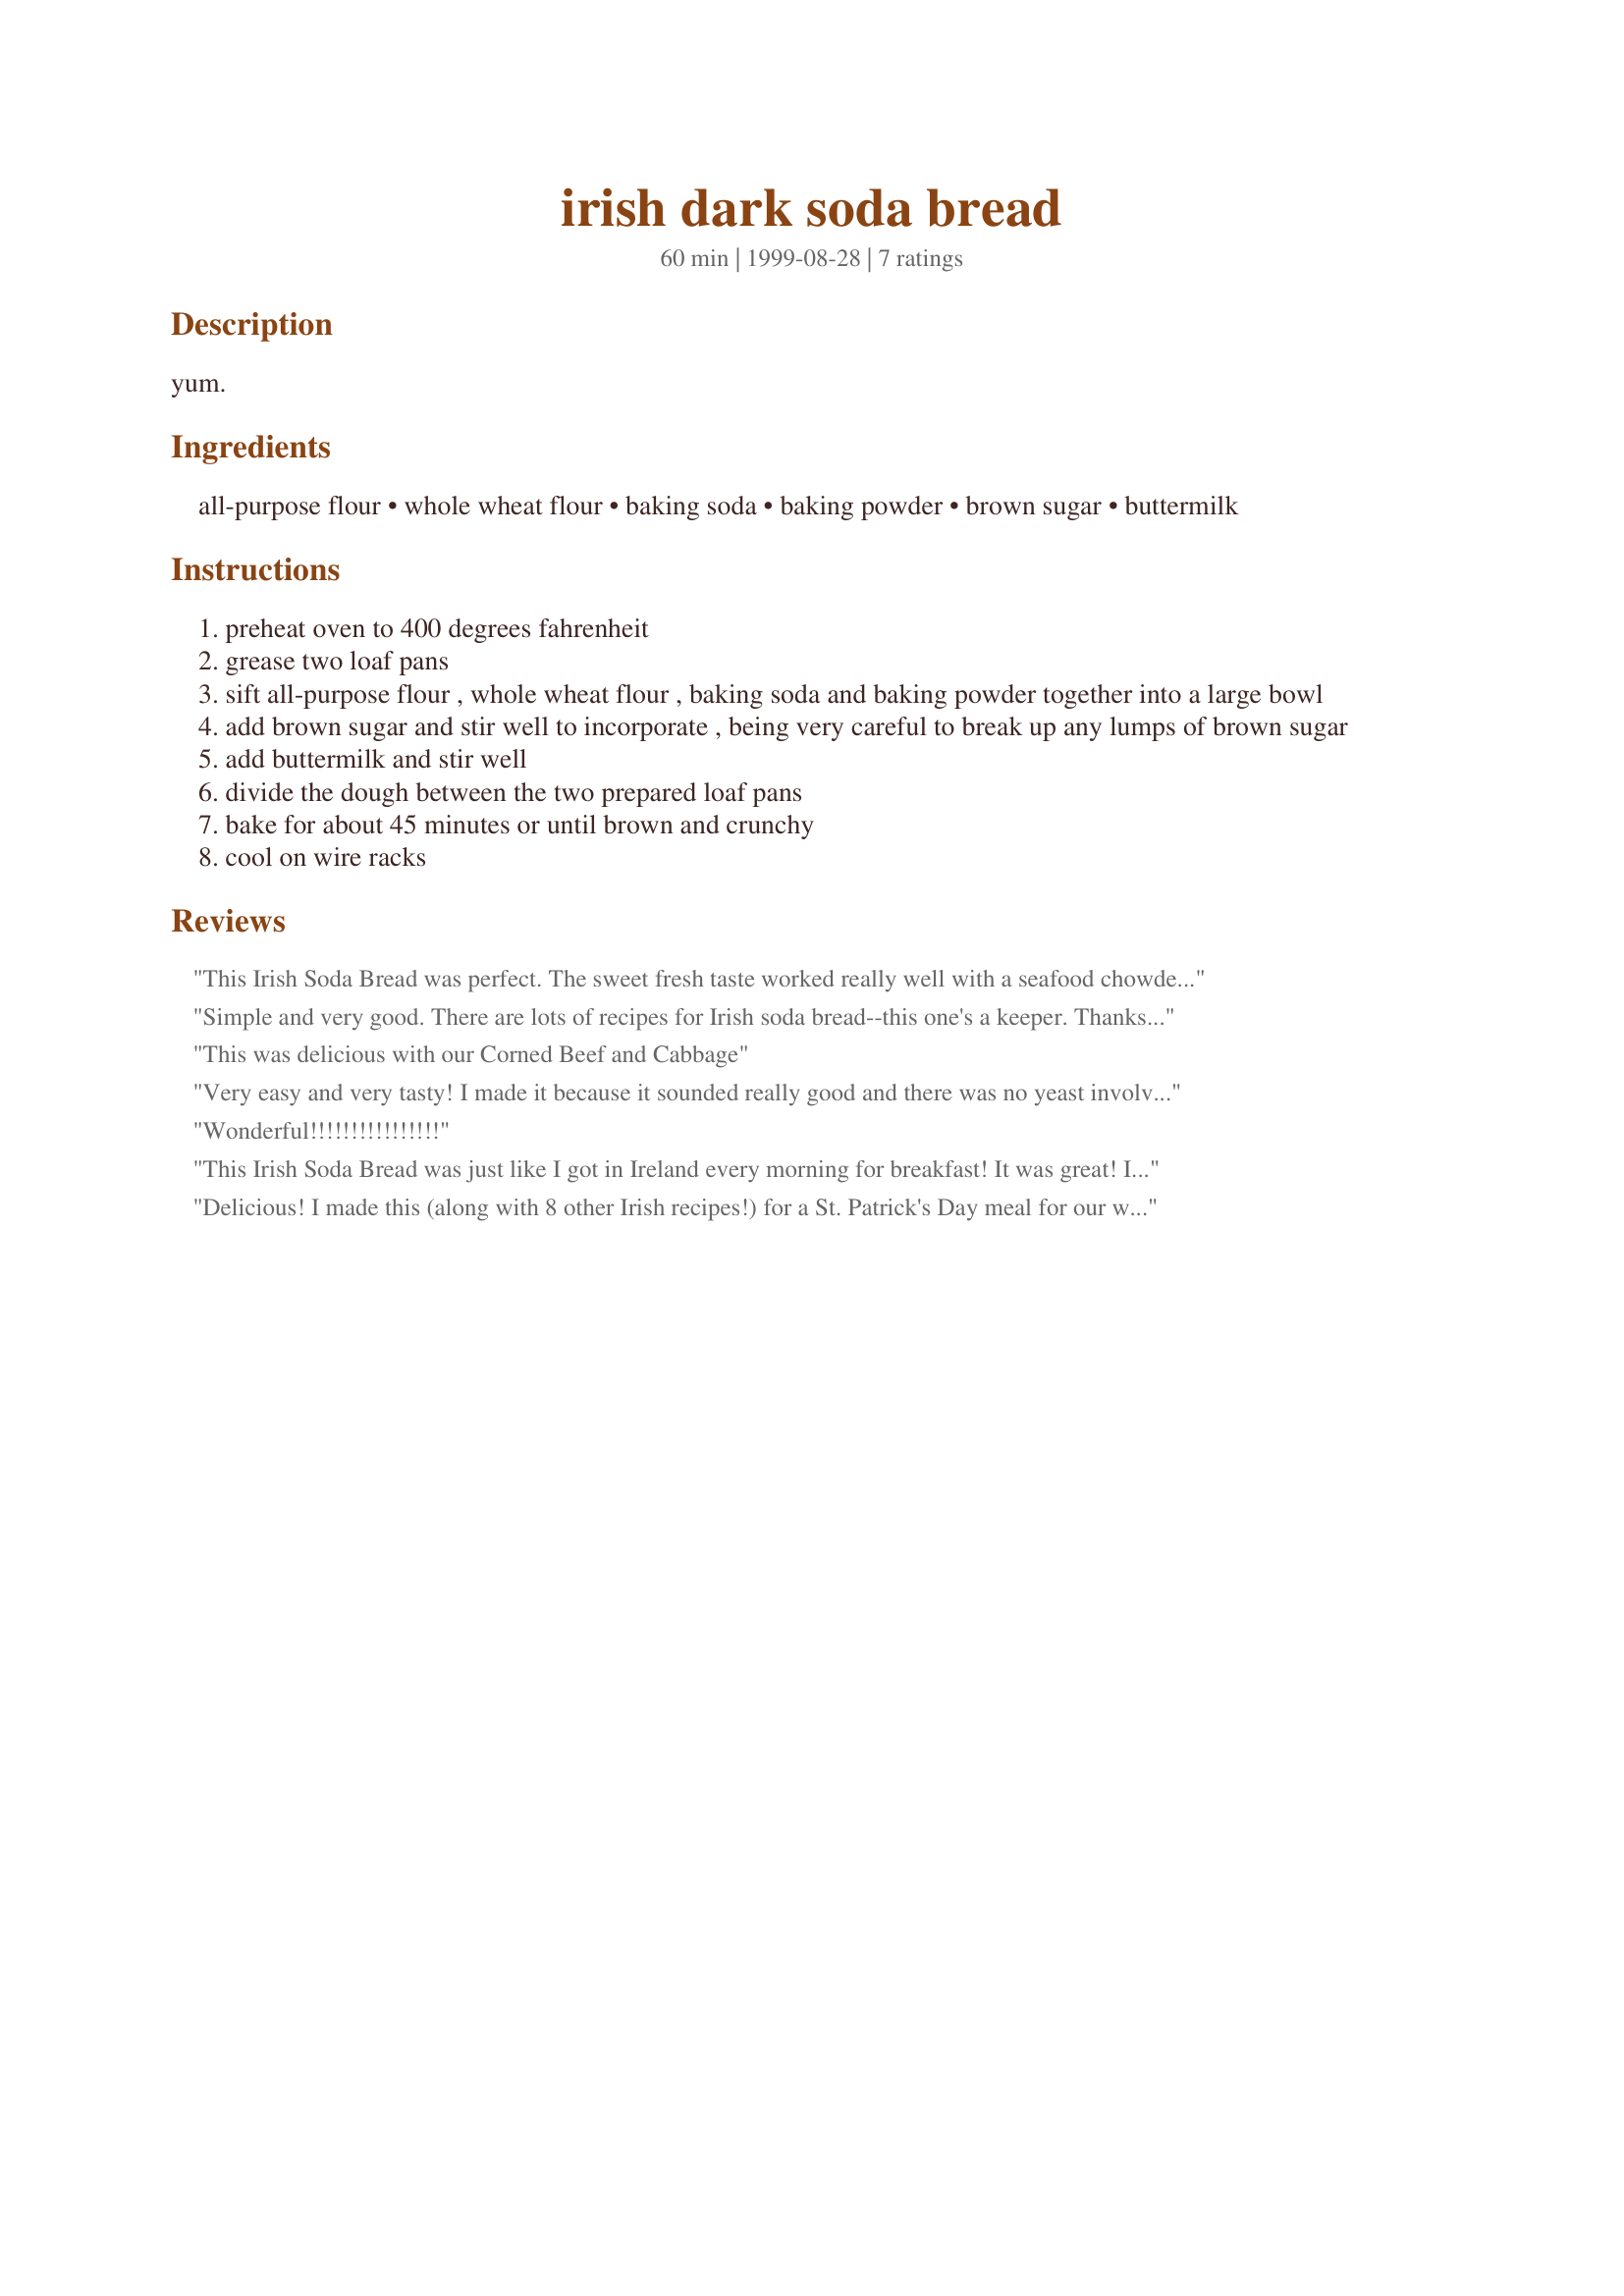
irish dark soda bread
Preparation time: 60 minutes

yum.

Ingredients:
all-purpose flour, whole wheat flour, baking soda, baking powder, brown sugar, buttermilk

Steps:
preheat oven to 400 degrees fahrenheit
grease two loaf pans
sift all-purpose flour , whole wheat flour , baking soda and baking powder together into a large bowl
add brown sugar and stir well to incorporate , being very careful to break up any lumps of brown sugar
add buttermilk and stir well
divide the dough between the two prepared loaf pans
bake for about 45 minutes or until brown and crunchy
cool on wire racks

Reviews:
This Irish Soda Bread was perfect. The sweet fresh taste worked really well with a seafood chowder I made. The next day I fried it with a cooked breakfast and it was even better!
Simple and very good. There are lots of recipes for Irish soda bread--this one's a keeper. Thanks for sharing it.
This was delicious with our Corned Beef and Cabbage
Very easy and very tasty! I made it because it sounded really good and there was no yeast involved in the recipe. Took the bread to work-some thought the bread was rather dry without butter. The others thought it didn't need any butter. I will make this again-I l know that I will get a craving for it in the near future.
Wonderful!!!!!!!!!!!!!!!!
This Irish Soda Bread was just like I got in Ireland every morning for breakfast!
It was great!
I think next time I make it I will add just a pinch of table salt. 

It was quick and easy to make and it went well with corned beef and cabage. 
This bead should also go great with the Beef Stew with Guinness Stout also a great recipe.
Delicious! I made this (along with 8 other Irish recipes!) for a St. Patrick's Day meal for our whole family - and this bread was fabulous! My children have requested I make it often... so guess what's in the oven right now! Thank you for a super easy and tasty recipe!
